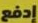
إدفع